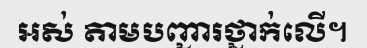
អស់ តាមបញ្ជារថ្នាក់លើ។